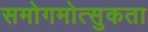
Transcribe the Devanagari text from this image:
समोगमोत्सुकता